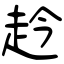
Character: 赺